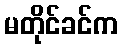
မတိုင်ခင်က